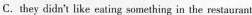
C. they didn't like eating something in the restaurant.